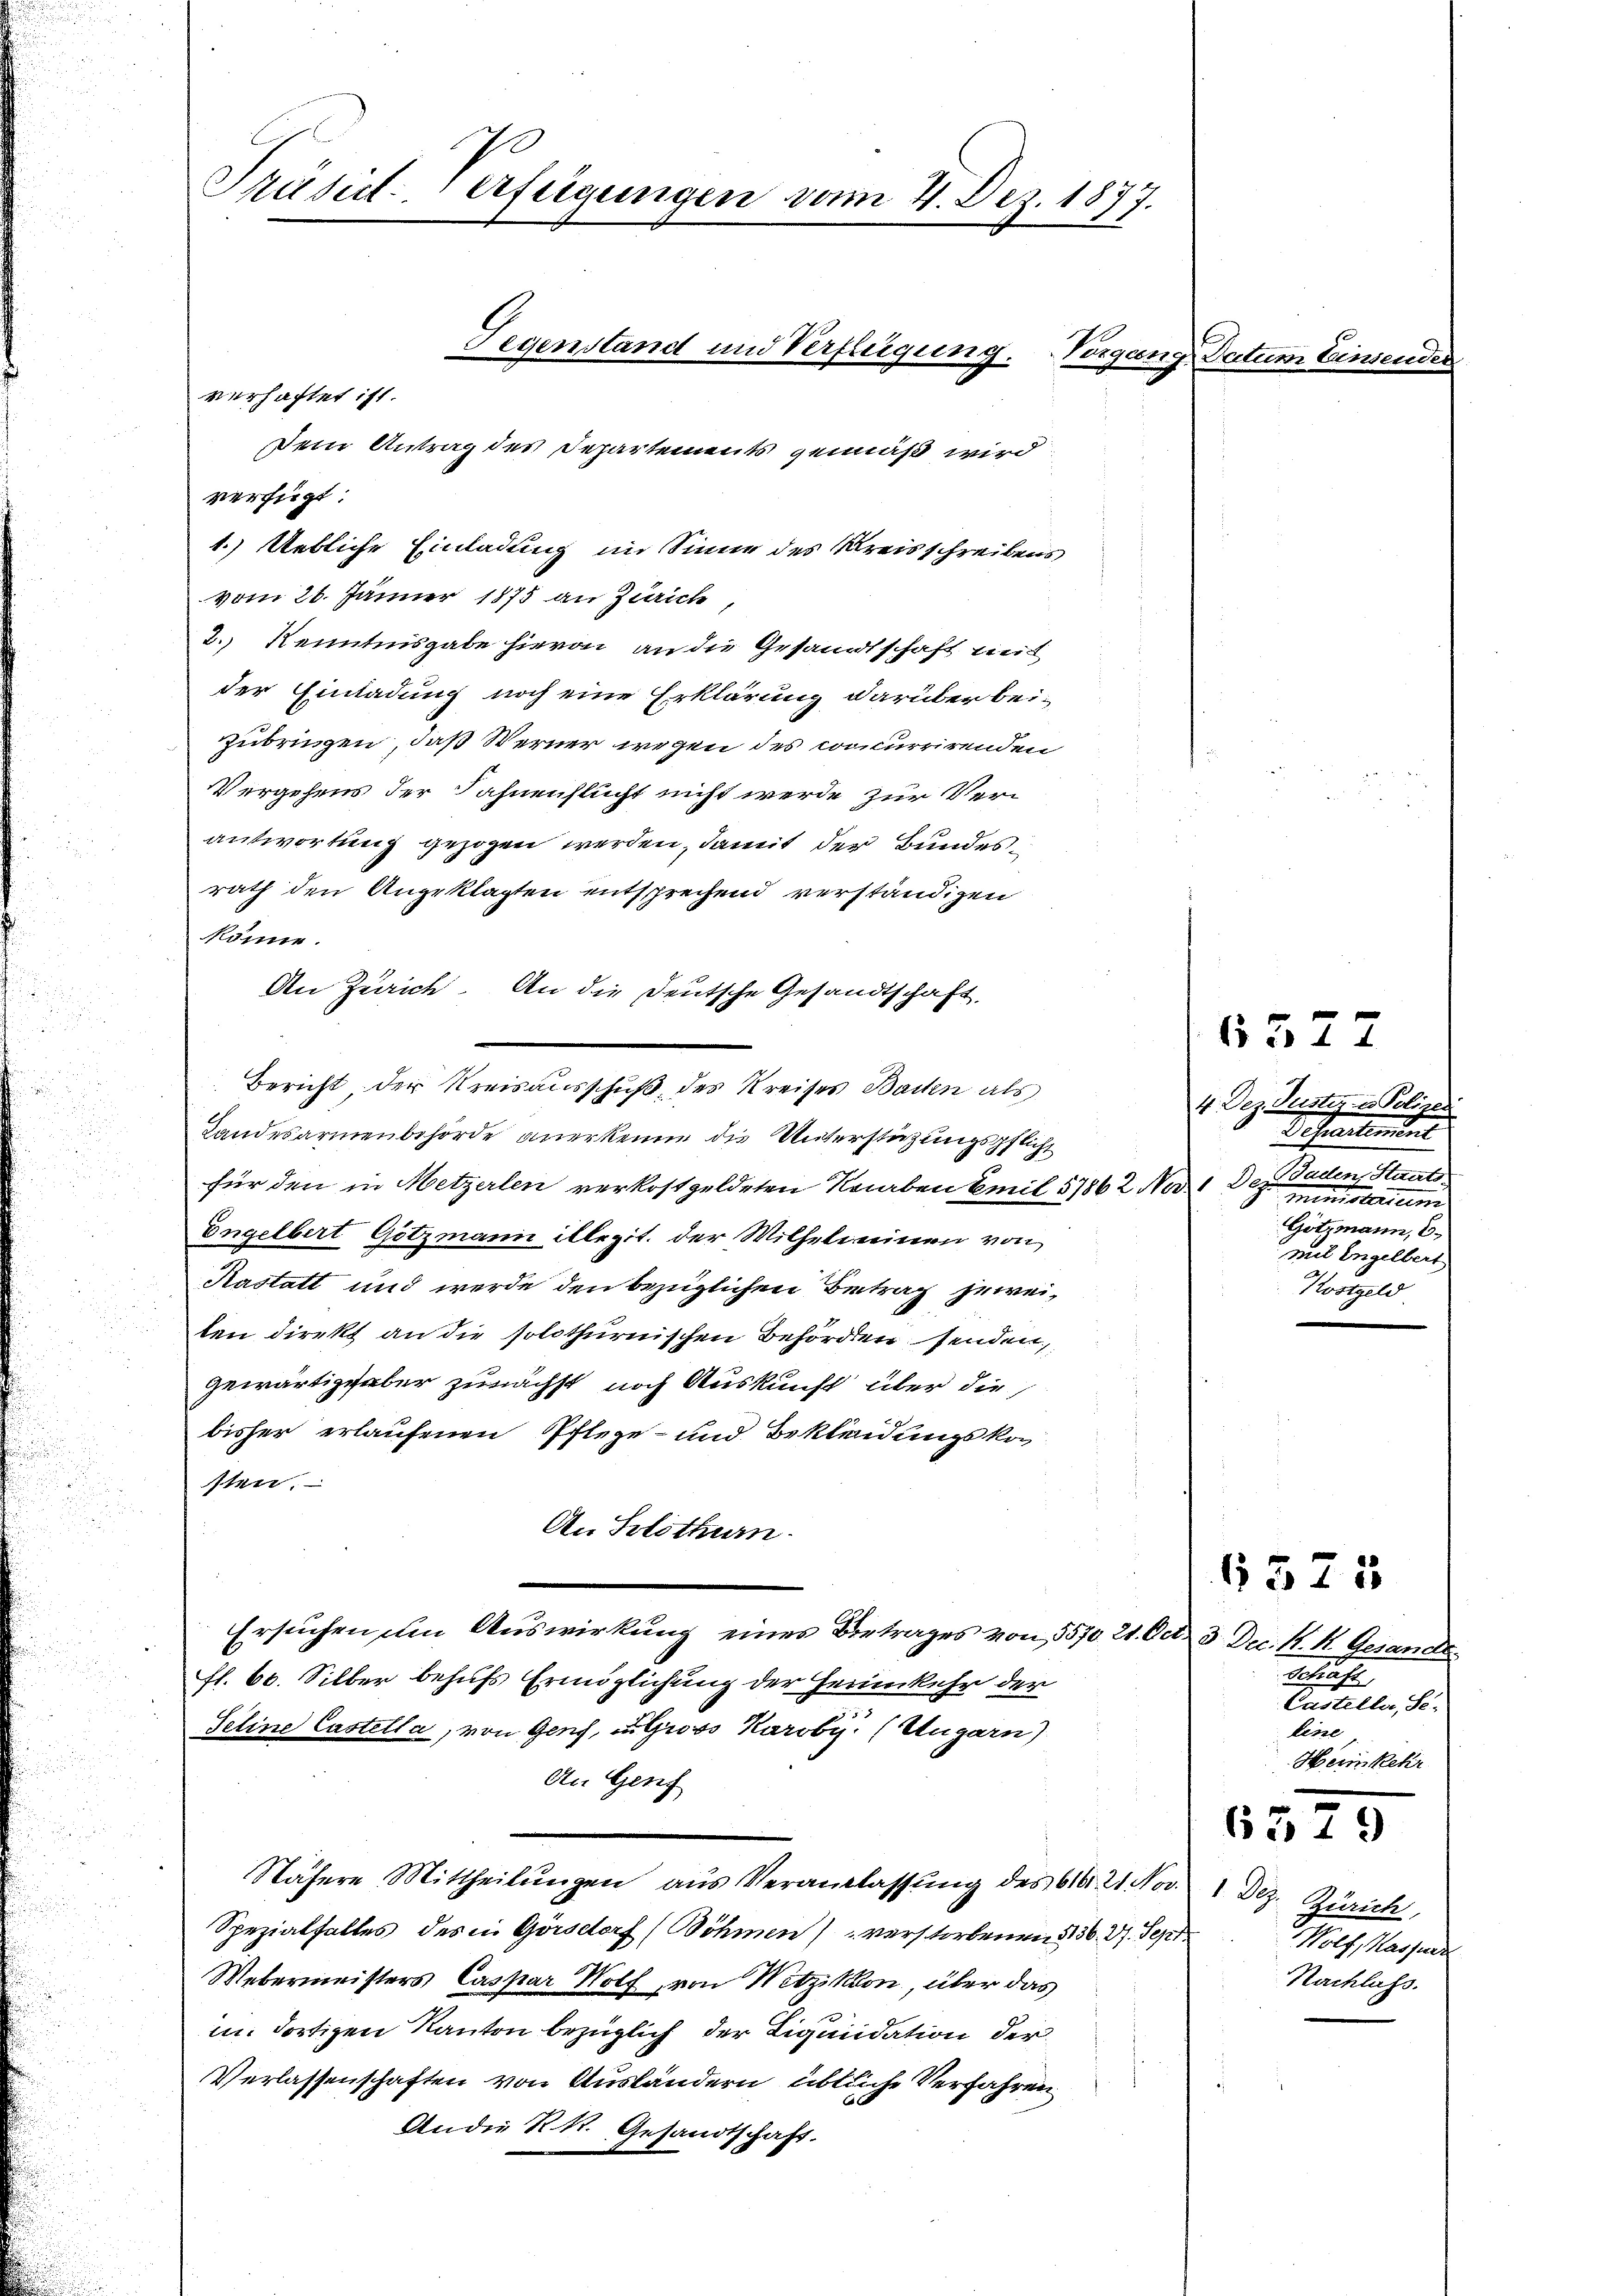
Dem Antrag des Departements gemäß wird
verfügt:
1.) Uebliche Einladung im Sinne des Kreisschreibens
vom 26. Jänner 1875 an Zürich
2.) Kenntnisgabe hievon an die Gesandtschaft mit
der Einladung noch eine Erklärung darüber beizubringen, daß Werner wegen des concurrirenden
Vergehens der Fahnenslucht nicht werde zur Verantwortung gezogen werden, damit der Bundesrath den Angeklagten entsprechend verständigen
könne.
An Zürich. An die Deutsche Gesandtschaft,
s
Bericht der Kreisausschuß des Kreises Barten als
u
Landesarmenbehörde anerkenne die Unterstüzungspflicht
für den in Metzerlen verkostgeldeten Karaben Emil 57862 No 1 Dez. unterium
.
u
Engelbert Götzmann illezit. der Wilhelmeinen von
Kastatt und werde den bezüglichen Beitrag jeweiten direkt an die solothurnischen Behörden senden,
gewärtig aber zunächst noch Auskunft über die
bisher erlaufenen Pflege- und Bekleidungskon
sten.
An Solothurn.
Ersuchen um Auswirkung eines Betrages von 1570 21. Oct. 3 Dec. N. K. Gesandt
u
fl. 60. Silber behufs Ermöglichung der Heimkehr der
Seline Castella, von Genf, in Gross Karoby. (Ungarn)
An Genf
u
Nähere Mittheilŭngen aus Veranlassŭng des 616. 21. Nov. 1 Dez. Zürich,
u
Spezialfalles des in Görsdorf (Böhmen) verstorbenen § 36. 27. Sept
Webermeisters Caspar Wolf, von Wetzikon, über das
in dortigen Kanton bezüglich der Liquidation der
Verlassenschaften von Ausländern übtliche Verfahren
An die K. K. Gesandtschaft.

Präsit. Verfügungen vom 4. Dez. 1877.
Gegenstand und Verfügung.
verhaftet ist.

Vorgang Datum Einsende

4. Dez. Justiz u. Polizer
Dohlendet
Baden, Staats-
Gotzmann, 6.
mil Engelbert
Kostgeld

etrachte
Casteller, Se.
leine
Heimkehr

6377

6575

Wolf, Hassende
Nachlass.

6379